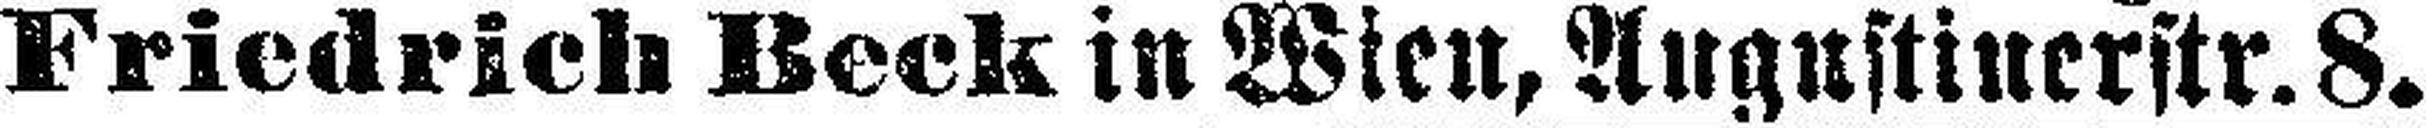
Friedrich Beck in Wien, Augustinerstr. 8.